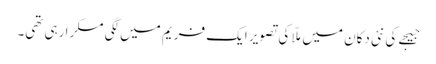
جیجے کی نئی دکان میں ملّا کی تصویر ایک فریم میں لگی مسکرا رہی تھی۔